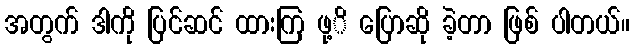
အတွက် ဒါကို ပြင်ဆင် ထားကြ ဖု့ိ ပြောဆို ခဲ့တာ ဖြစ် ပါတယ်။